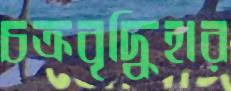
চক্রবৃদ্ধিহার